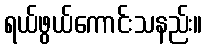
ရယ်ဖွယ်ကောင်းသနည်း။